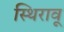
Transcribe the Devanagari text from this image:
स्थिरावू